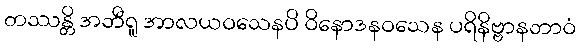
တဿန္တိ အဘီရူ အာလယဝသေနပိ ဝိနောဒနဝသေန ပရိနိဗ္ဗာနဘာဝံ